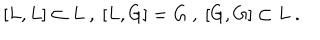
[ L , L ] \subset L \ , \ [ L , G ] = G \ , \ [ G , G ] \subset L \ .